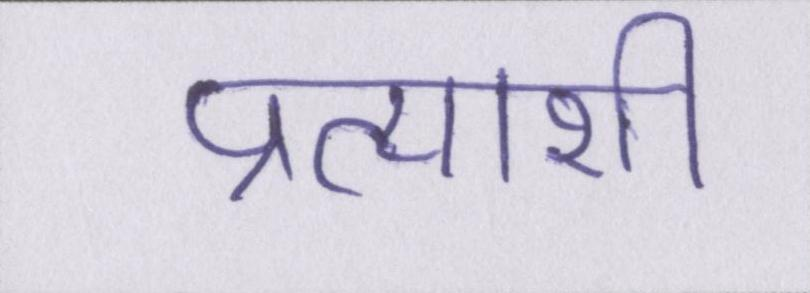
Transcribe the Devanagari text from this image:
प्रत्याशी